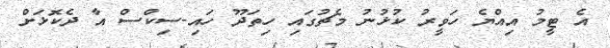
އެ ޓީމު އިއްޔެ ހަވީރު ކުޅުނު މެޗުގައި ހިތަދޫ ހައި-ސިކްސް އާ ދެކޮޅަށް